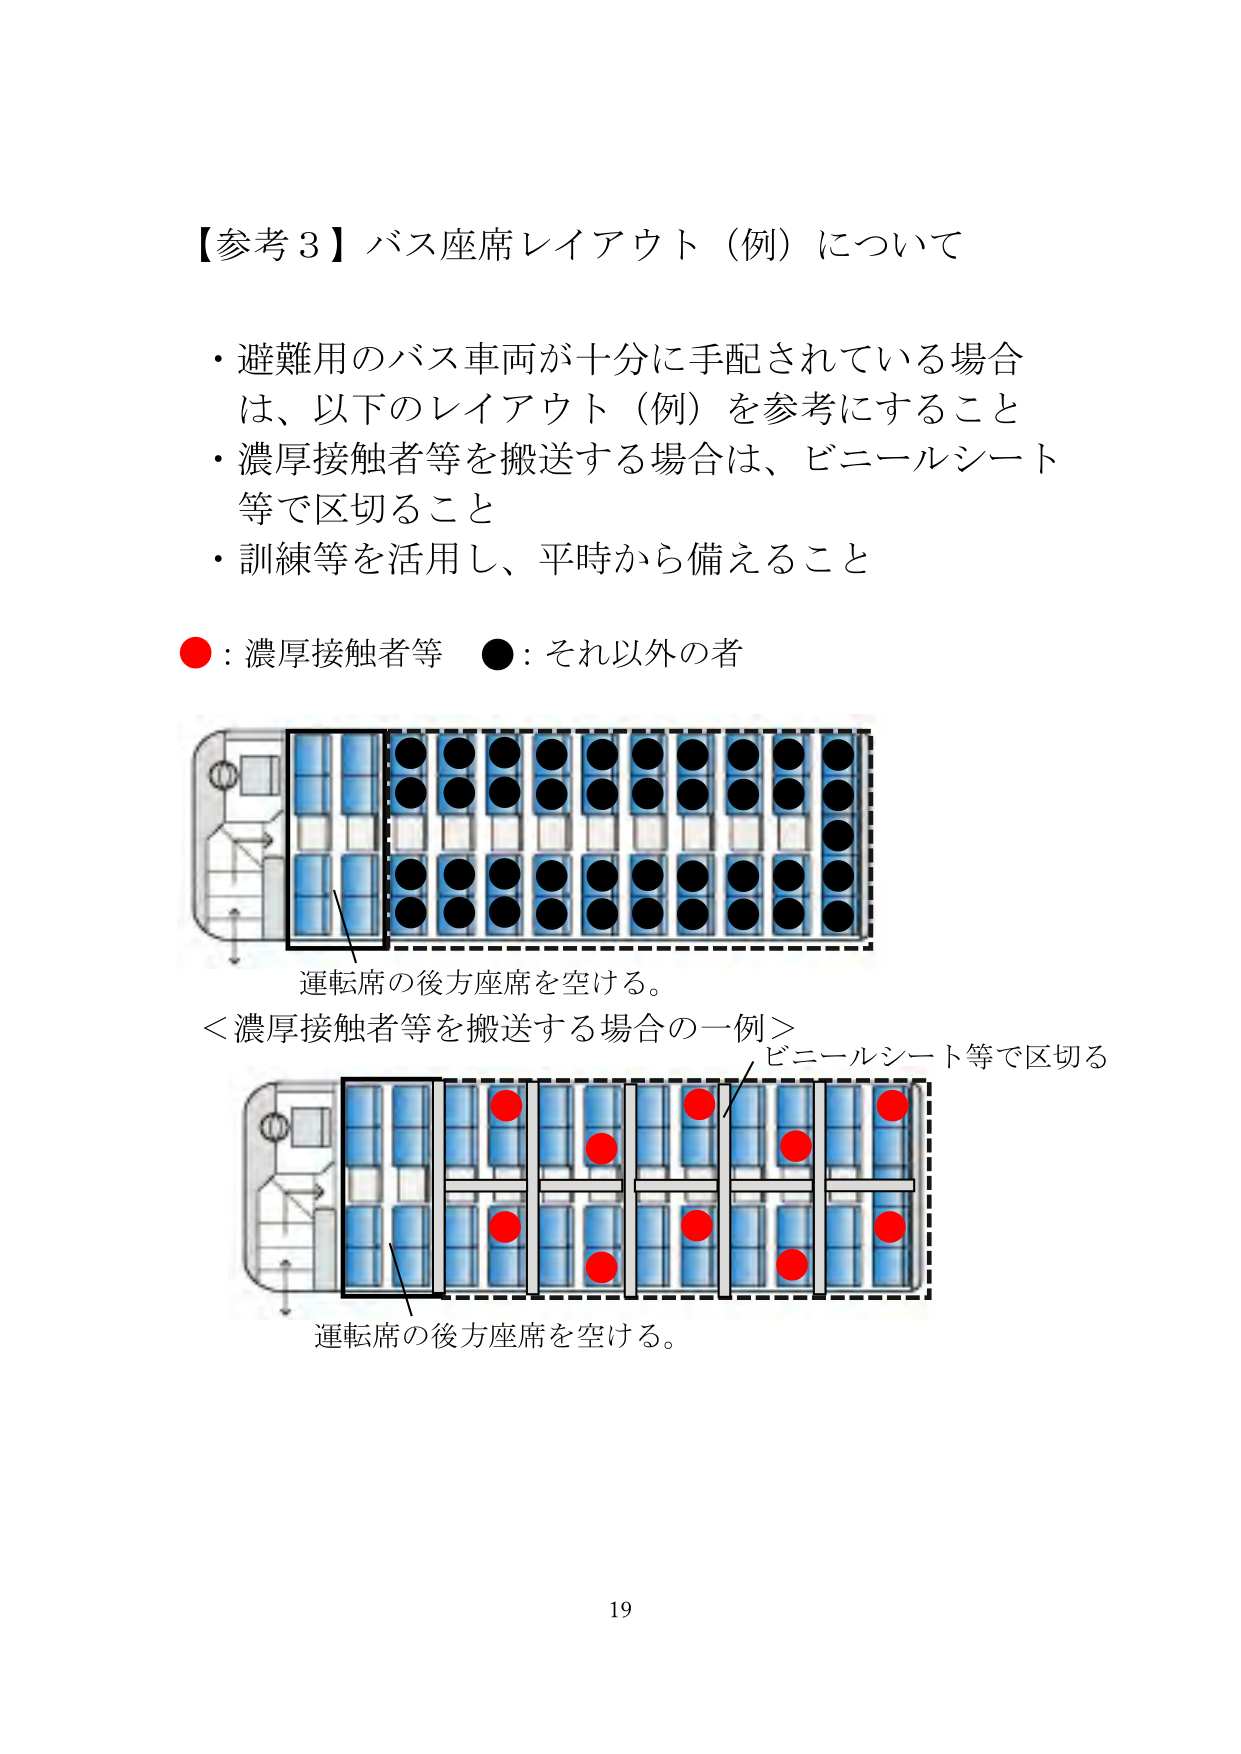
【参考３】バス座席レイアウト（例）について

・避難用のバス車両が十分に手配されている場合は、以下のレイアウト（例）を参考にすること
・濃厚接触者等を搬送する場合は、ビニールシート等で区切ること
・訓練等を活用し、平時から備えること

●：濃厚接触者等　●：それ以外の者

運転席の後方座席を空ける。

＜濃厚接触者等を搬送する場合の一例＞
ビニールシート等で区切る

運転席の後方座席を空ける。

19